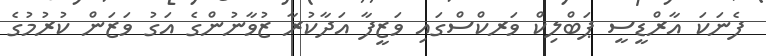
ފެނަކަ އާރްޑީސީ ޕަބްލިކް ވަރކްސްގައި ވަޒީފާ އަދާކުރާ ޒުވާނުންގެ އަގު ވަޒަން ކުރުމުގެ